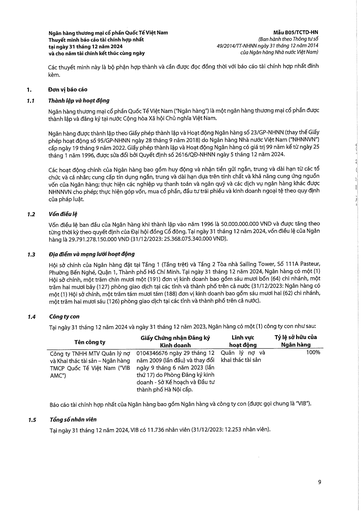
|Tên công ty|Giấy Chứng nhận Đăng ký Kinh doanh|Lĩnh vực hoạt động|Tỷ lệ sở hữu của Ngân hàng| |---|---|---|---| |Công ty TNHH MTV Quản lý Nợ và Khai thác Tài sản - Ngân hàng TMCP Quốc Tế Việt Nam ("VIB AMC")|0104346676 ngày 29 tháng 12 năm 2009 (lần đầu) và thay đổi ngày 9 tháng 6 năm 2023 (lần thứ 17) do Phòng Đăng ký kinh doanh - Sở Kế hoạch và Đầu tư thành phố Hà Nội cấp.|Quản lý nợ và khai thác tài sản|100%|